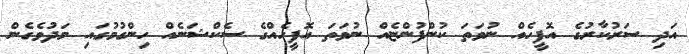
އަދި ސަރުކާރުގެ އޮފީހެއް ނުވަތަ ކުންފުންޏެއް ނުވަތަ އޮފީހެއްގެ ސެކްޝަނެއް ހިންގުމުގައި މަދުވެގެން